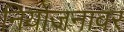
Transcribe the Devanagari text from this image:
नियोजनावर